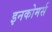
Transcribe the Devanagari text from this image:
इनकोमर्स